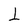
Character: 1